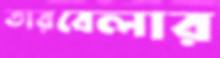
তারবেলার